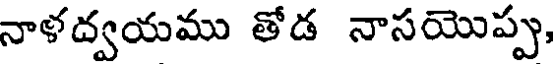
నాళద్వయము తోడ నాసయొప్పు,